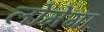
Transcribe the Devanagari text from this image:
लोमेगा